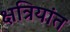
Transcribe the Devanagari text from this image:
क्षत्रियांत